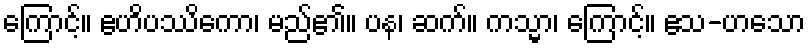
ကြောင့်။ ဧဟိပဿိကော၊ မည်၏။ ပန၊ ဆက်။ ကသ္မာ၊ ကြောင့်။ ဧသ-ဟသော